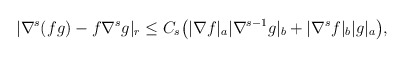
\begin{align*}&|\nabla^s(fg)-f \nabla^s g|_r\leq C_s\big(|\nabla f|_a |\nabla^{s-1}g|_b+|\nabla^s f|_b|g|_a\big),\end{align*}